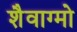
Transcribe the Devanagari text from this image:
शैवाग्मो